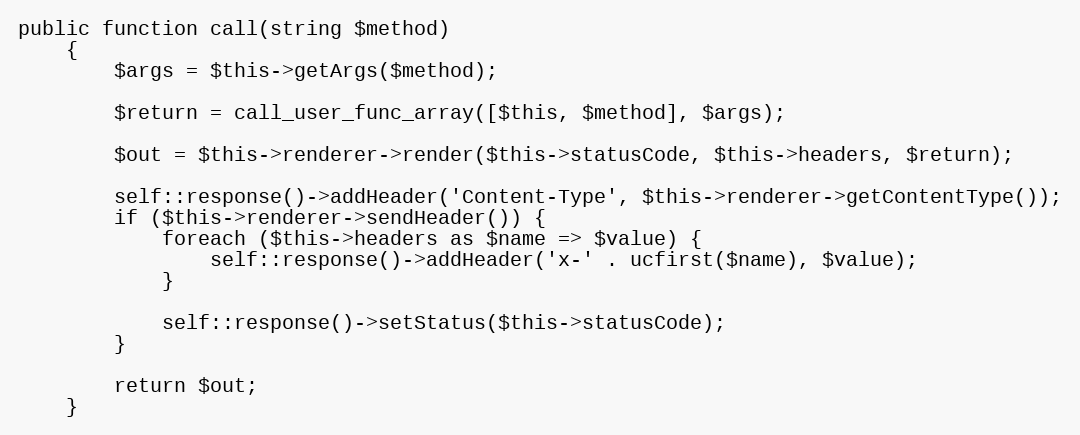
Language: PHP
public function call(string $method)
    {
        $args = $this->getArgs($method);

        $return = call_user_func_array([$this, $method], $args);

        $out = $this->renderer->render($this->statusCode, $this->headers, $return);

        self::response()->addHeader('Content-Type', $this->renderer->getContentType());
        if ($this->renderer->sendHeader()) {
            foreach ($this->headers as $name => $value) {
                self::response()->addHeader('x-' . ucfirst($name), $value);
            }

            self::response()->setStatus($this->statusCode);
        }

        return $out;
    }